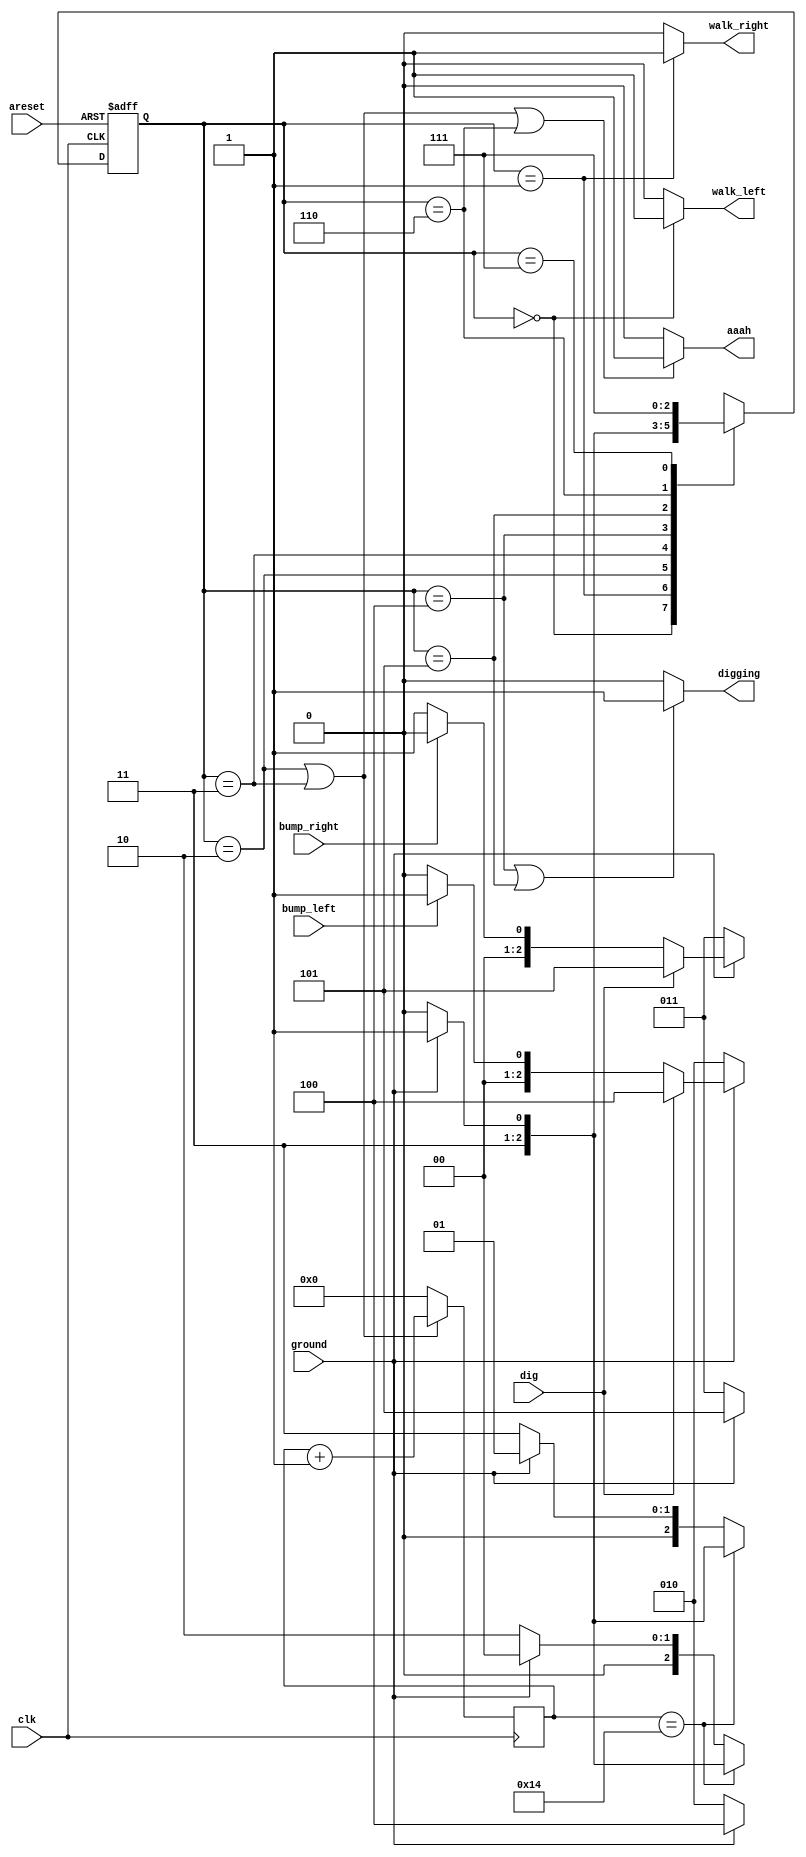
module top_module(
    input clk,
    input areset,    // Freshly brainwashed Lemmings walk left.
    input bump_left,
    input bump_right,
    input ground,
    input dig,
    output walk_left,
    output walk_right,
    output aaah,
    output digging ); 

    parameter LEFT=0, RIGHT=1, FALL_L=2, FALL_R=3, DIG_L=4, DIG_R=5, SPLAT=6, DONE=7;
    reg [2:0] PS, NS;
    reg [4:0] count;
    
    assign walk_left = (PS == LEFT)? 1:0;
    assign walk_right = (PS == RIGHT)? 1:0;
    assign aaah = ((PS == FALL_L) || (PS == FALL_R) || (PS == SPLAT))? 1:0;
    assign digging = ((PS == DIG_L) | (PS == DIG_R))? 1:0;
    
    always @(posedge clk)
        if((PS == FALL_L) || (PS == FALL_R))
    		count <= count + 5'd1;
    	else
    		count <= 5'd0;
    
    always @(posedge clk, posedge areset)
        if(areset)
            PS <= LEFT;
    	else
            PS <= NS;
    
    always @(*)
        case(PS)
            LEFT:begin
                if(~ground)
                    NS <= FALL_L;
                else if(dig)
                    NS <= DIG_L;
                else if(bump_left)
                    NS <= RIGHT;
                else
                    NS <= LEFT;
            end
            RIGHT:begin
                if(~ground)
                    NS <= FALL_R;
                else if(dig)
                    NS <= DIG_R;
                else if(bump_right)
                    NS <= LEFT;
                else
                    NS <= RIGHT;
            end
            FALL_L:begin
                if(count == 5'd20)
                    NS <= (ground)? DONE:SPLAT;
                else if(~ground)
                    NS <= FALL_L;
                else
                    NS <= LEFT;
            end
            FALL_R:begin
                if(count == 5'd20)
                    NS <= (ground)? DONE:SPLAT;
                else if(~ground)
                    NS <= FALL_R;
                else
                    NS <= RIGHT;
            end
            DIG_L:begin
                if(~ground)
                    NS <= FALL_L;
                else
                    NS <= DIG_L;
            end
            DIG_R:begin
                if(~ground)
                    NS <= FALL_R;
                else
                    NS <= DIG_R;
            end
            SPLAT:begin
                NS <= (ground)? DONE:SPLAT;
            end
            DONE:begin
                NS <= DONE;
            end
            default: NS <= PS;
        endcase            
        
endmodule